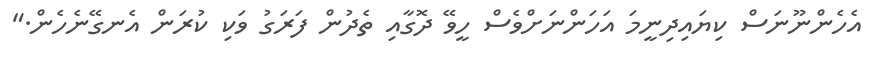
އެހެންނޫނަސް ކިޔައިދިނީމަ އަހަންނަށްވެސް ހީވޭ ދޮގާއި ތެދުން ފަރަގު ވަކި ކުރަން އެނގޭނެހެން."